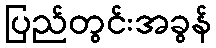
ပြည်တွင်းအခွန်